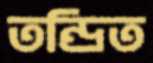
তন্দ্রিত